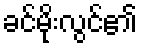
ခင်မိုးလွင်၏